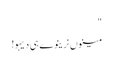
"
مینوں نرینوے ہی دیہو!